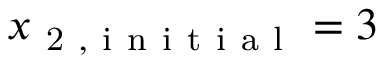
x _ { \mathrm { ~ 2 ~ , ~ i ~ n ~ i ~ t ~ i ~ a ~ l ~ } } = 3